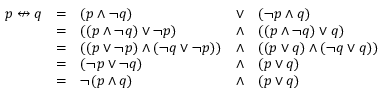
{ \begin{array} { l l l l l } { p \nleftrightarrow q } & { = } & { ( p \land \lnot q ) } & { \lor } & { ( \lnot p \land q ) } \\ & { = } & { ( ( p \land \lnot q ) \lor \lnot p ) } & { \land } & { ( ( p \land \lnot q ) \lor q ) } \\ & { = } & { ( ( p \lor \lnot p ) \land ( \lnot q \lor \lnot p ) ) } & { \land } & { ( ( p \lor q ) \land ( \lnot q \lor q ) ) } \\ & { = } & { ( \lnot p \lor \lnot q ) } & { \land } & { ( p \lor q ) } \\ & { = } & { \lnot ( p \land q ) } & { \land } & { ( p \lor q ) } \end{array} }